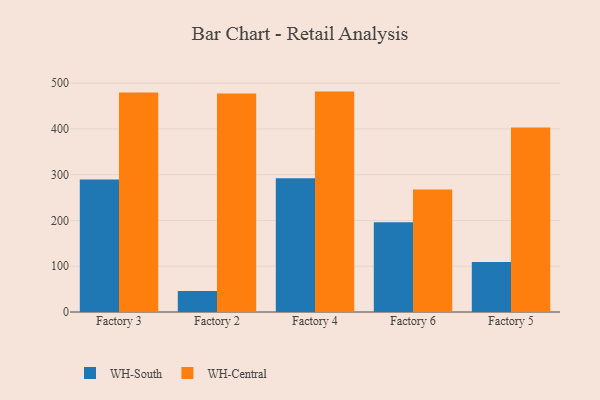
{"axis": {"x": "Factory", "y": "Humidity (%)"}, "legend": ["WH-Central", "WH-South"], "data": [{"x": "Factory 3", "y": 289.2, "type": "WH-South"}, {"x": "Factory 3", "y": 479.8, "type": "WH-Central"}, {"x": "Factory 2", "y": 46.0, "type": "WH-South"}, {"x": "Factory 2", "y": 477.2, "type": "WH-Central"}, {"x": "Factory 4", "y": 292.0, "type": "WH-South"}, {"x": "Factory 4", "y": 481.5, "type": "WH-Central"}, {"x": "Factory 6", "y": 196.1, "type": "WH-South"}, {"x": "Factory 6", "y": 267.4, "type": "WH-Central"}, {"x": "Factory 5", "y": 109.2, "type": "WH-South"}, {"x": "Factory 5", "y": 403.2, "type": "WH-Central"}]}